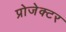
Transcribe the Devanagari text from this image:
प्रोजेक्‍टर